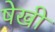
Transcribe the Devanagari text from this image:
षेखी